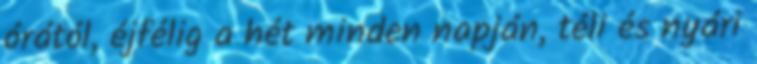
órától, éjfélig a hét minden napján, téli és nyári